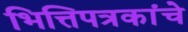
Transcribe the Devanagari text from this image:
भित्तिपत्रकांचे